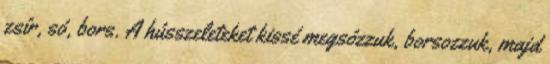
zsír, só, bors. A hússzeleteket kissé megsózzuk, borsozzuk, majd